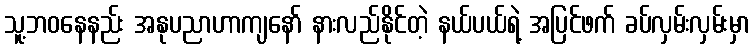
သူ့ဘဝနေနည်း အနုပညာဟာကျနော် နားလည်နိုင်တဲ့ နယ်ပယ်ရဲ့ အပြင်ဖက် ခပ်လှမ်းလှမ်းမှာ